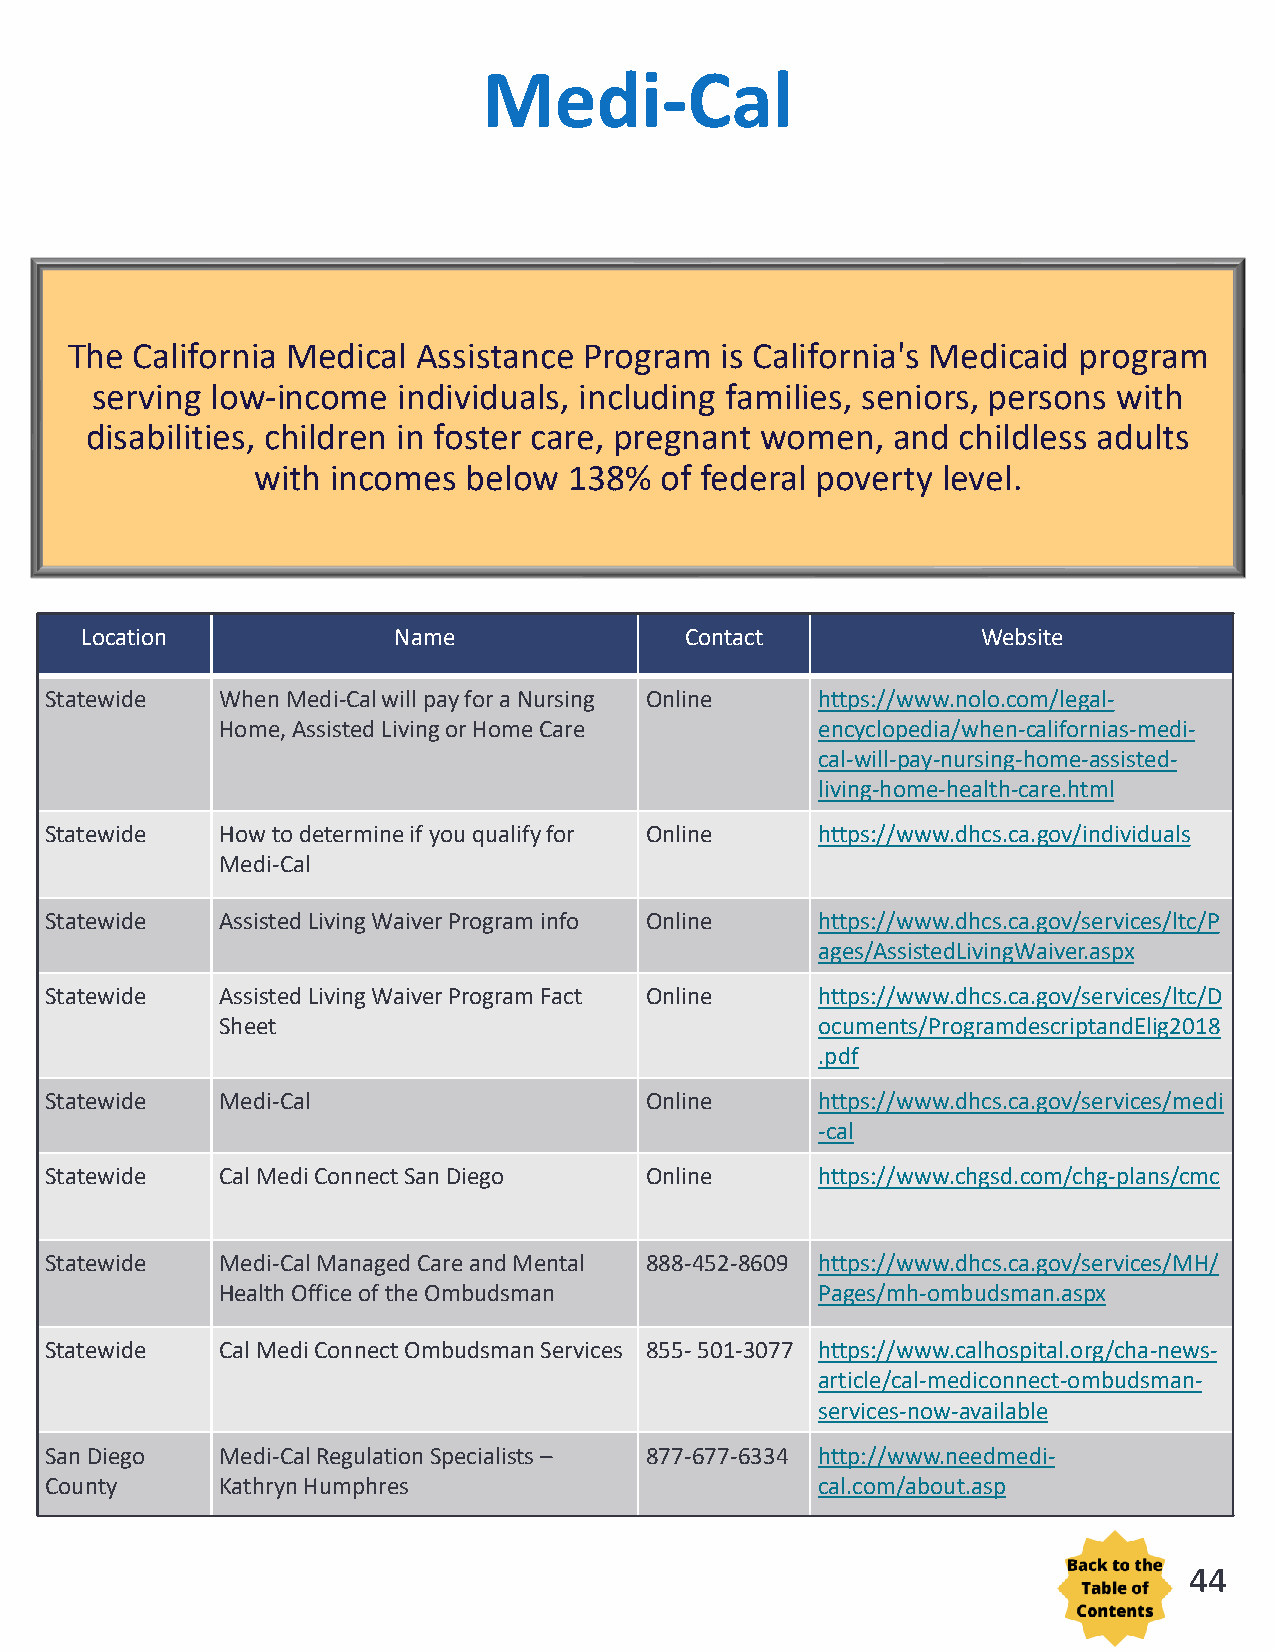
Medi-Cal
 The  California Medical Assistance Program  is California's Medicaid program
 serving low-income  individuals, including families, seniors, persons with
 disabilities, children in foster care, pregnant women, and childless adults
 with incomes  below  138%  of federal poverty level.
 Location             Name               Contact             Website
 Statewide  When Medi-Cal will pay for a Nursing Online https://www.nolo.com/legal-
 Home, Assisted Living or Home Care      encyclopedia/when-californias-medi-
 cal-will-pay-nursing-home-assisted-
 living-home-health-care.html
 Statewide  How to determine if you qualify for Online https://www.dhcs.ca.gov/individuals
 Medi-Cal
 Statewide  Assisted Living Waiver Program info Online https://www.dhcs.ca.gov/services/ltc/P
 ages/AssistedLivingWaiver.aspx
 Statewide  Assisted Living Waiver Program Fact Online https://www.dhcs.ca.gov/services/ltc/D
 Sheet                                   ocuments/ProgramdescriptandElig2018
 .pdf
 Statewide  Medi-Cal                     Online     https://www.dhcs.ca.gov/services/medi
 -cal
 Statewide  Cal MediConnect San Diego    Online     https://www.chgsd.com/chg-plans/cmc
 Statewide  Medi-Cal Managed Care and Mental 888-452-8609 https://www.dhcs.ca.gov/services/MH/
 Health Office of the Ombudsman          Pages/mh-ombudsman.aspx
 Statewide  Cal MediConnect Ombudsman Services 855-501-3077 https://www.calhospital.org/cha-news-
 article/cal-mediconnect-ombudsman-
 services-now-available
 San Diego  Medi-Cal Regulation Specialists – 877-677-6334 http://www.needmedi-
 County     KathrynHumphres                         cal.com/about.asp
 44